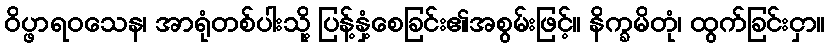
ဝိပ္ဖာရဝသေန၊ အာရုံတစ်ပါးသို့ ပြန့်နှံ့စေခြင်း၏အစွမ်းဖြင့်။ နိက္ခမိတုံ၊ ထွက်ခြင်းငှာ။